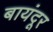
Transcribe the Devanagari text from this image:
बायंदूर